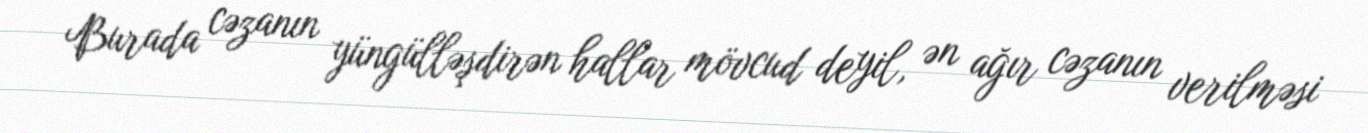
Burada cəzanın yüngülləşdirən hallar mövcud deyil, ən ağır cəzanın verilməsi